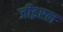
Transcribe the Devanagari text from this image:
जीइएल